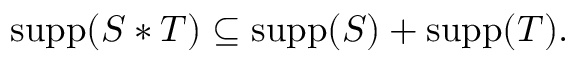
\operatorname { s u p p } ( S \ast T ) \subseteq \operatorname { s u p p } ( S ) + \operatorname { s u p p } ( T ) .